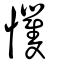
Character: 戄